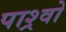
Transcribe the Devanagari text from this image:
पाश्र्वो